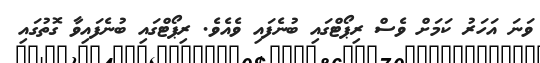
ވަނަ އަހަރު ކަމަށް ވެސް ރިޕޯޓްގައި ބުނެފައި ވެއެވެ. ރިޕޯޓްގައި ބުނެފައިވާ ގޮތުގައި